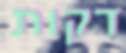
דקות